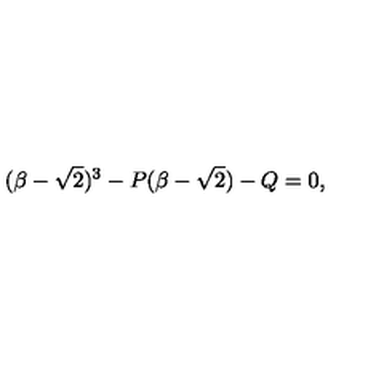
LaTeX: ( \beta - \sqrt { 2 } ) ^ { 3 } - P ( \beta - \sqrt { 2 } ) - Q = 0 ,